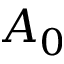
A _ { 0 }